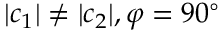
\lvert \boldsymbol c _ { 1 } \rvert \neq \lvert \boldsymbol c _ { 2 } \rvert , \varphi = 9 0 ^ { \circ }